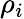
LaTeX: \rho_{i}